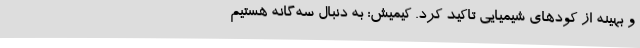
و بهینه از کودهای شیمیایی تاکید کرد. کیمیش: به دنبال سه‌گانه هستیم